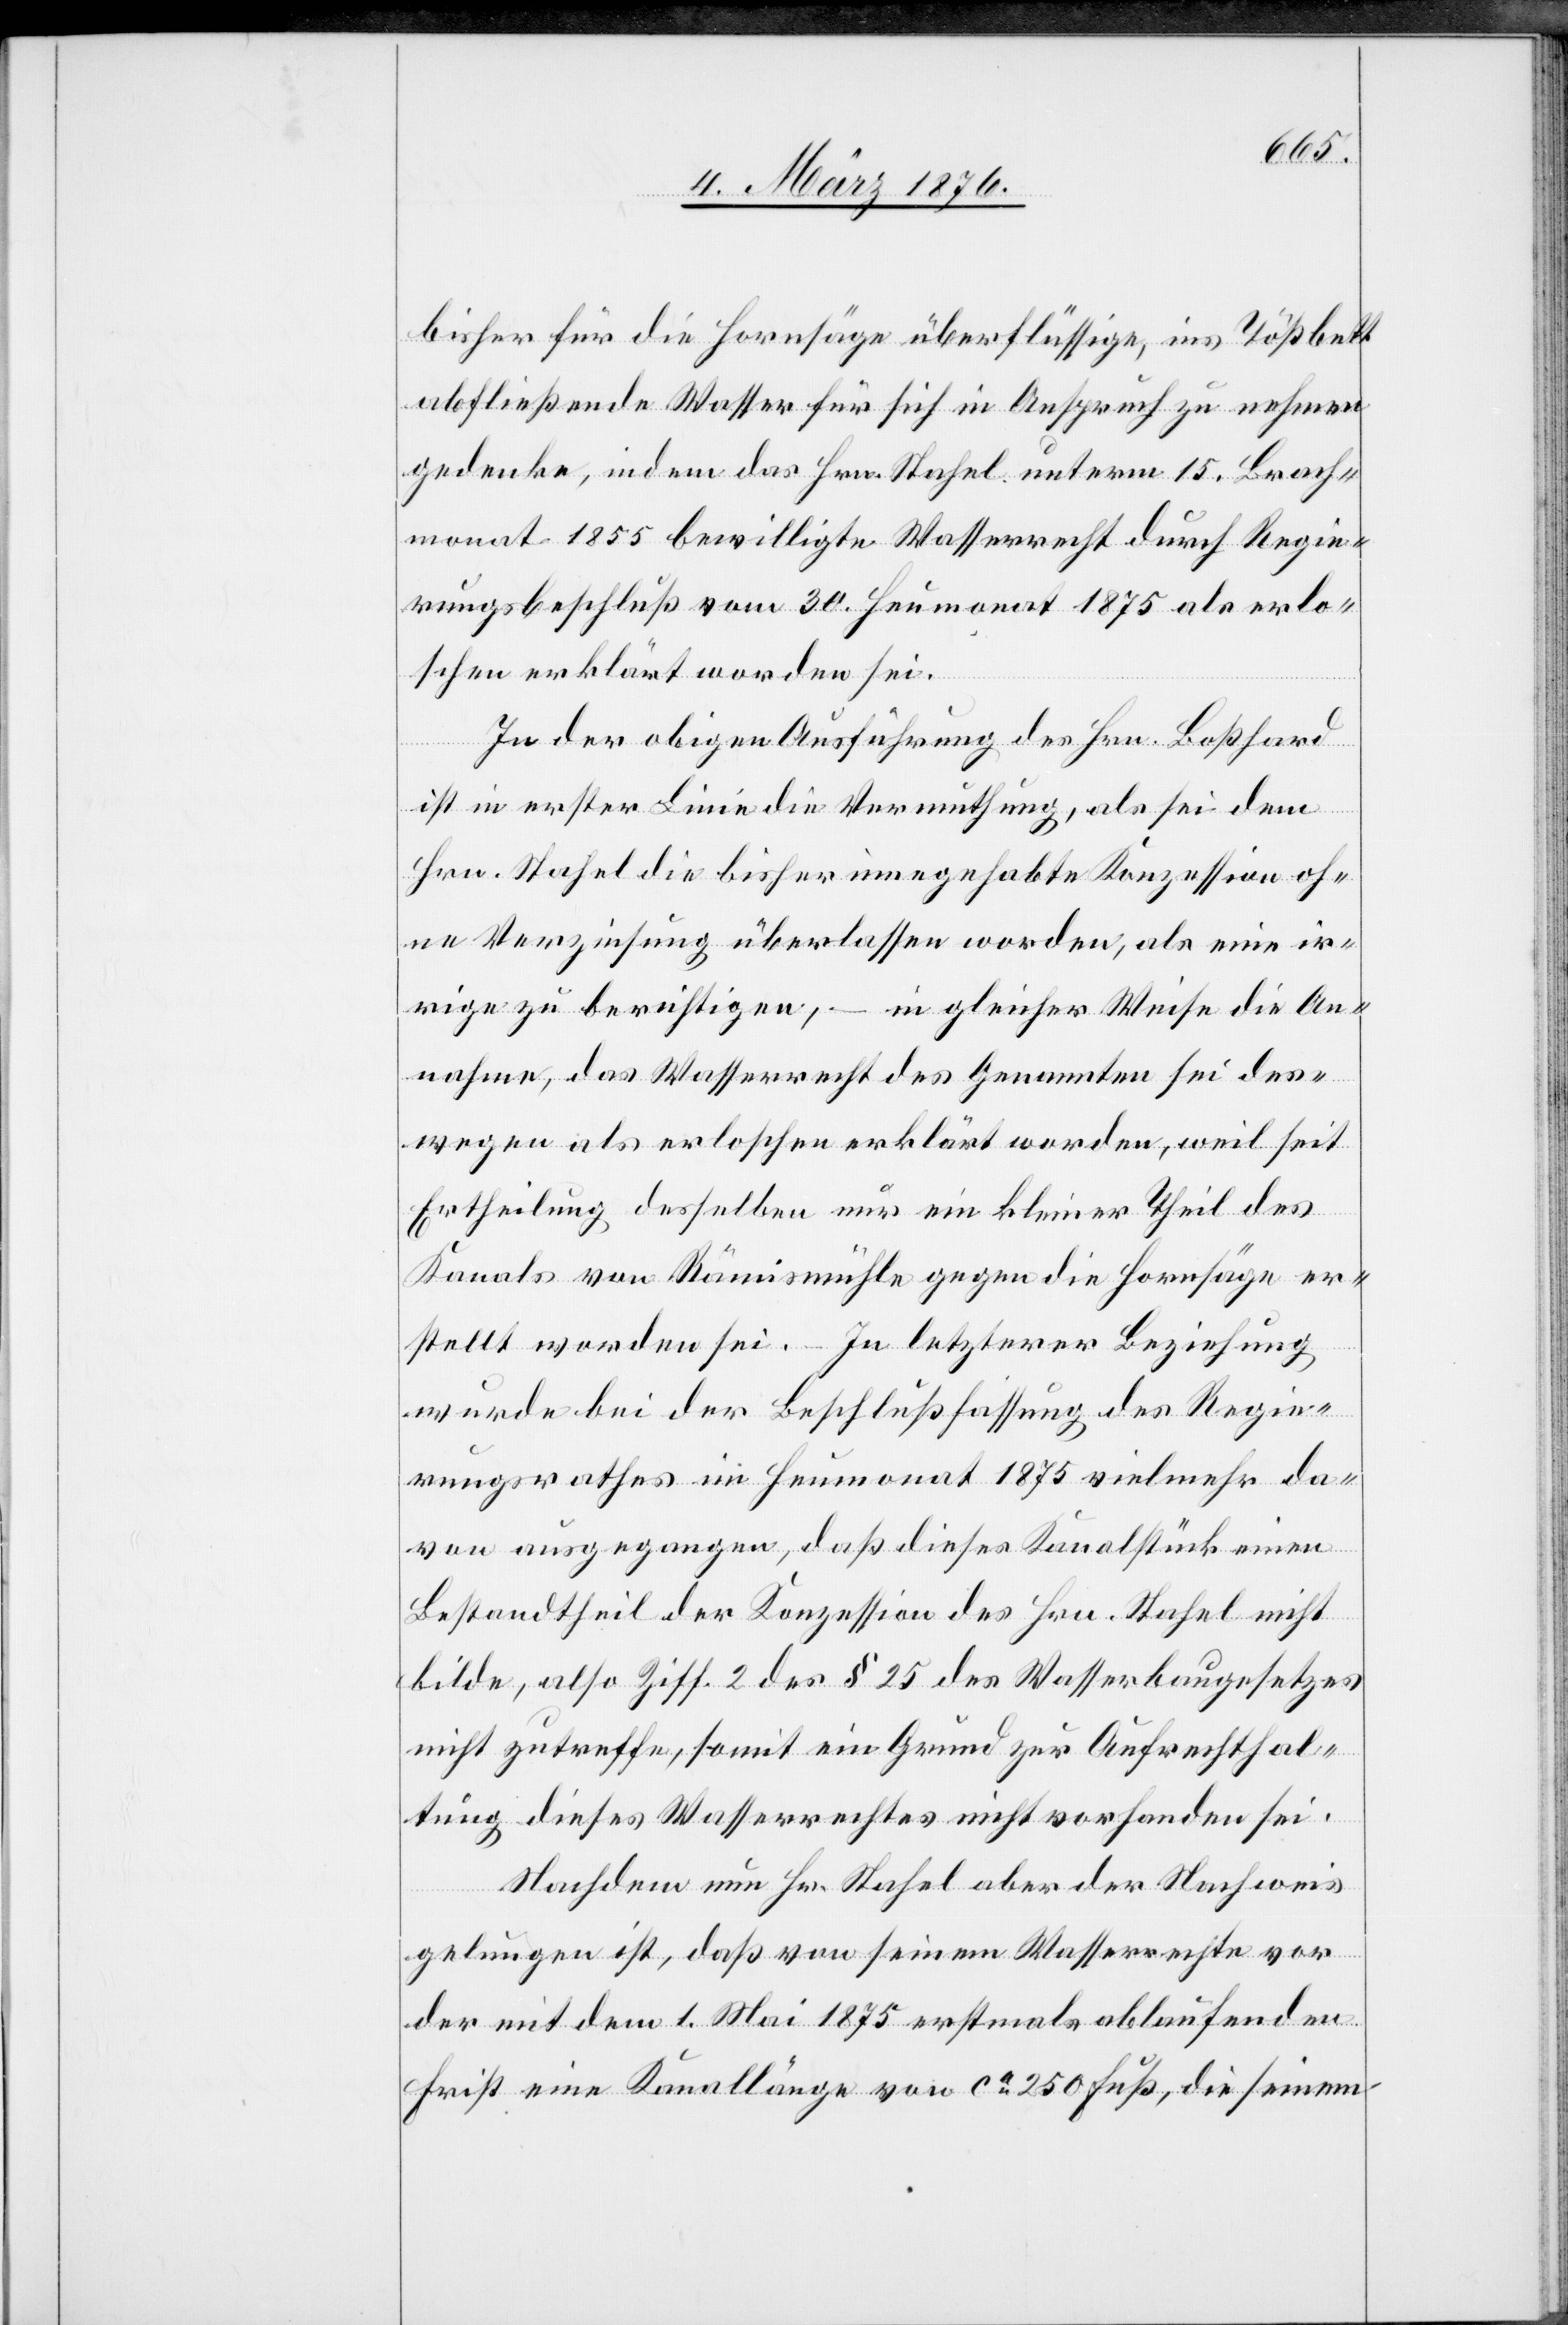
bisher für die Hornsäge überflüssige, ins Tößbett
abfließende Wasser für sich in Anspruch zu nehmen
gedenke, indem das Hrn. Stahel unterm 15. Brach¬
monat 1855 bewilligte Wasserrecht durch Regie¬
rungsbeschluß vom 30. Heumonat 1875 als erlo¬
schen erklärt worden sei.
In der obigen Ausführung des Hrn. Boßhard
ist in erster Linie die Vermuthung, als sei dem
Hrn. Stahel die bisher innegehabte Konzession oh¬
ne Verzinsung überlassen worden, als eine ir¬
rige zu berichtigen, – in gleicher Weise die An¬
nahme, das Wasserrecht des Genannten sei des¬
wegen als erloschen erklärt worden, weil seit
Ertheilung desselben nur ein kleiner Theil des
Kanals von Rämismühle gegen die Hornsäge er¬
stellt worden sei. – In letzterer Beziehung
wurde bei der Beschlußfassung des Regie¬
rungsrathes im Heumonat 1875 vielmehr da¬
von ausgegangen, daß dieses Kanalstück einen
Bestandtheil der Konzession des Hrn. Stahel nicht
bilde, also Ziff. 2 des § 25 des Wasserbaugesetzes
nicht zutreffe, somit ein Grund zur Aufrechthal¬
tung dieses Wasserrechtes nicht vorhanden sei.
Nachdem nun Hr. Stahel aber der Nachweis
gelungen ist, daß von seinem Wasserrechte vor
der mit dem 1. Mai 1875 erstmals ablaufenden
Frist eine Kanallänge von ca 250 Fuß, die seinem